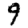
Digit: 9